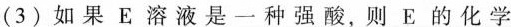
(3)如果E溶液是一种强酸，则E的化学